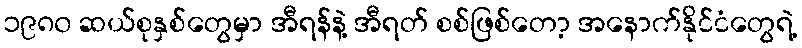
၁၉၈၀ ဆယ်စုနှစ်တွေမှာ အီရန်နဲ့ အီရတ် စစ်ဖြစ်တော့ အနောက်နိုင်ငံတွေရဲ့